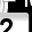
Digit: 2